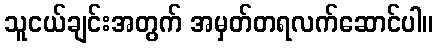
သူငယ်ချင်းအတွက် အမှတ်တရလက်ဆောင်ပါ။